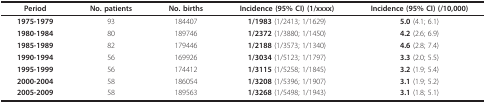
<table><thead><tr><td><b>Period</b></td><td><b>No. patients</b></td><td><b>No. births</b></td><td><b>Incidence (95% CI) (1/xxxx)</b></td><td><b>Incidence (95% CI) (/10,000)</b></td></tr></thead><tbody><tr><td><b>1975-1979</b></td><td>93</td><td>184407</td><td><b>1/1983 </b>(1/2413; 1/1629)</td><td><b>5.0 </b>(4.1; 6.1)</td></tr><tr><td><b>1980-1984</b></td><td>80</td><td>189746</td><td><b>1/2372 </b>(1/3880; 1/1450)</td><td><b>4.2 </b>(2.6; 6.9)</td></tr><tr><td><b>1985-1989</b></td><td>82</td><td>179446</td><td><b>1/2188 </b>(1/3573; 1/1340)</td><td><b>4.6 </b>(2.8; 7.4)</td></tr><tr><td><b>1990-1994</b></td><td>56</td><td>169926</td><td><b>1/3034 </b>(1/5123; 1/1797)</td><td><b>3.3 </b>(2.0; 5.5)</td></tr><tr><td><b>1995-1999</b></td><td>56</td><td>174412</td><td><b>1/3115 </b>(1/5258; 1/1845)</td><td><b>3.2 </b>(1.9; 5.4)</td></tr><tr><td><b>2000-2004</b></td><td>58</td><td>186054</td><td><b>1/3208 </b>(1/5396; 1/1907)</td><td><b>3.1 </b>(1.9; 5.2)</td></tr><tr><td><b>2005-2009</b></td><td>58</td><td>189563</td><td><b>1/3268 </b>(1/5498; 1/1943)</td><td><b>3.1 </b>(1.8; 5.1)</td></tr></tbody></table>